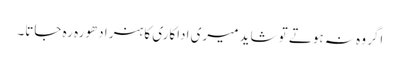
اگر وہ نہ ہوتے تو شاید میری اداکاری کا ہنر ادھورہ رہ جاتا۔